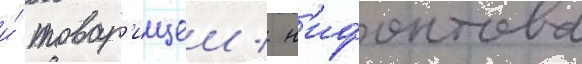
и́ товар'ищеи / н'ифонтова